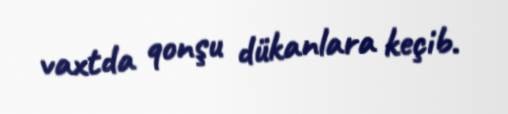
vaxtda qonşu dükanlara keçib.